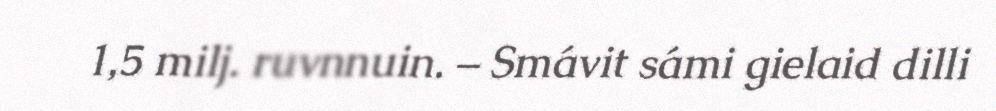
1,5 milj. ruvnnuin. – Smávit sámi gielaid dilli